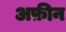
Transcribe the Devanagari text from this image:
अफ़ीन